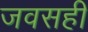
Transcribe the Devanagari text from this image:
जवसही